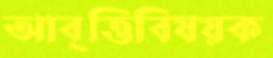
আবৃত্তিবিষয়ক